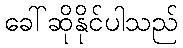
ခေါ်ဆိုနိုင်ပါသည်